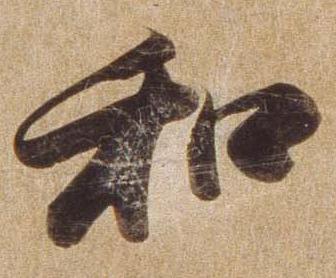
和